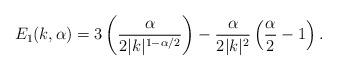
LaTeX: \begin{align*} E_{1} (k, \alpha) = 3\left( \frac{\alpha}{ 2 |k|^{1-\alpha/2}} \right) -\frac{\alpha}{2 |k|^{2} }\left(\frac{\alpha}{2}-1\right).\end{align*}